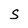
Character: S